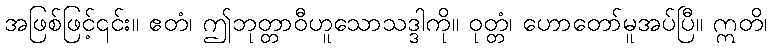
အဖြစ်ဖြင့်၎င်း။ ဧတံ၊ ဤဘုတ္တာဝီဟူသောသဒ္ဒါကို။ ဝုတ္တံ၊ ဟောတော်မူအပ်ပြီ။ ဣတိ၊